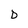
Character: D